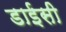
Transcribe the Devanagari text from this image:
डाईसी